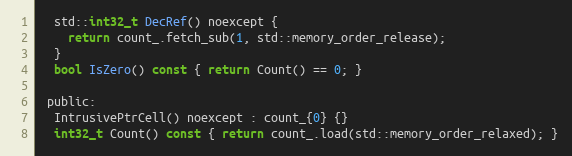
Language: C
  std::int32_t DecRef() noexcept {
    return count_.fetch_sub(1, std::memory_order_release);
  }
  bool IsZero() const { return Count() == 0; }

 public:
  IntrusivePtrCell() noexcept : count_{0} {}
  int32_t Count() const { return count_.load(std::memory_order_relaxed); }